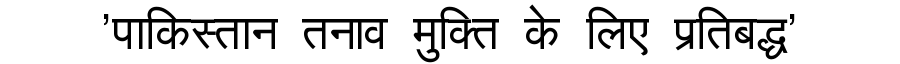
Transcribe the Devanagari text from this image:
'पाकिस्तान तनाव मुक्ति के लिए प्रतिबद्ध'